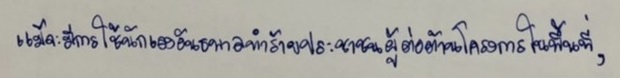
แม้จะมีการใช้นักเลงอันธพาลทำร้ายประชาชนผู้ต่อต้านโครงการในพื้นที่,